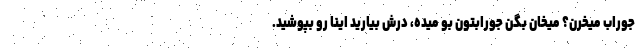
جوراب میخرن؟ میخان بگن جورابتون بو میده، درش بیارید اینا رو بپوشید.